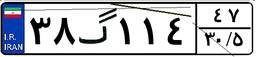
۳۸گ۱۱۴۴۷